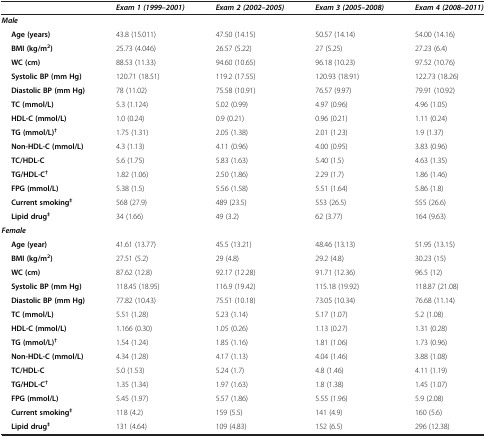
<table><thead><tr><td><b> </b></td><td><b><i>Exam 1 (1999–2001)</i></b></td><td><b><i>Exam 2 (2002–2005)</i></b></td><td><b><i>Exam 3 (2005–2008)</i></b></td><td><b><i>Exam 4 (2008–2011)</i></b></td></tr></thead><tbody><tr><td><b><i>Male</i></b></td><td> </td><td> </td><td> </td><td> </td></tr><tr><td><b>Age (years)</b></td><td>43.8 (15.011)</td><td>47.50 (14.15)</td><td>50.57 (14.14)</td><td>54.00 (14.16)</td></tr><tr><td><b>BMI (kg/m</b><sup><b>2</b></sup><b>)</b></td><td>25.73 (4.046)</td><td>26.57 (5.22)</td><td>27 (5.25)</td><td>27.23 (6.4)</td></tr><tr><td><b>WC (cm)</b></td><td>88.53 (11.33)</td><td>94.60 (10.65)</td><td>96.18 (10.23)</td><td>97.52 (10.76)</td></tr><tr><td><b>Systolic BP (mm Hg)</b></td><td>120.71 (18.51)</td><td>119.2 (17.55)</td><td>120.93 (18.91)</td><td>122.73 (18.26)</td></tr><tr><td><b>Diastolic BP (mm Hg)</b></td><td>78 (11.02)</td><td>75.58 (10.91)</td><td>76.57 (9.97)</td><td>79.91 (10.92)</td></tr><tr><td><b>TC (mmol/L)</b></td><td>5.3 (1.124)</td><td>5.02 (0.99)</td><td>4.97 (0.96)</td><td>4.96 (1.05)</td></tr><tr><td><b>HDL-C (mmol/L)</b></td><td>1.0 (0.24)</td><td>0.9 (0.21)</td><td>0.96 (0.21)</td><td>1.11 (0.24)</td></tr><tr><td><b>TG (mmol/L)</b><sup><b>†</b></sup></td><td>1.75 (1.31)</td><td>2.05 (1.38)</td><td>2.01 (1.23)</td><td>1.9 (1.37)</td></tr><tr><td><b>Non-HDL-C (mmol/L)</b></td><td>4.3 (1.13)</td><td>4.11 (0.96)</td><td>4.00 (0.95)</td><td>3.83 (0.96)</td></tr><tr><td><b>TC/HDL-C</b></td><td>5.6 (1.75)</td><td>5.83 (1.63)</td><td>5.40 (1.5)</td><td>4.63 (1.35)</td></tr><tr><td><b>TG/HDL-C</b><sup><b>†</b></sup></td><td>1.82 (1.06)</td><td>2.50 (1.86)</td><td>2.29 (1.7)</td><td>1.86 (1.46)</td></tr><tr><td><b>FPG (mmol/L)</b></td><td>5.38 (1.5)</td><td>5.56 (1.58)</td><td>5.51 (1.64)</td><td>5.86 (1.8)</td></tr><tr><td><b>Current smoking</b><sup><b>‡</b></sup></td><td>568 (27.9)</td><td>489 (23.5)</td><td>553 (26.5)</td><td>555 (26.6)</td></tr><tr><td><b>Lipid drug</b><sup><b>‡</b></sup></td><td>34 (1.66)</td><td>49 (3.2)</td><td>62 (3.77)</td><td>164 (9.63)</td></tr><tr><td><b><i>Female</i></b></td><td> </td><td> </td><td> </td><td> </td></tr><tr><td><b>Age (year)</b></td><td>41.61 (13.77)</td><td>45.5 (13.21)</td><td>48.46 (13.13)</td><td>51.95 (13.15)</td></tr><tr><td><b>BMI (kg/m</b><sup><b>2</b></sup><b>)</b></td><td>27.51 (5.2)</td><td>29 (4.8)</td><td>29.2 (4.8)</td><td>30.23 (15)</td></tr><tr><td><b>WC (cm)</b></td><td>87.62 (12.8)</td><td>92.17 (12.28)</td><td>91.71 (12.36)</td><td>96.5 (12)</td></tr><tr><td><b>Systolic BP (mm Hg)</b></td><td>118.45 (18.95)</td><td>116.9 (19.42)</td><td>115.18 (19.92)</td><td>118.87 (21.08)</td></tr><tr><td><b>Diastolic BP (mm Hg)</b></td><td>77.82 (10.43)</td><td>75.51 (10.18)</td><td>73.05 (10.34)</td><td>76.68 (11.14)</td></tr><tr><td><b>TC (mmol/L)</b></td><td>5.51 (1.28)</td><td>5.23 (1.14)</td><td>5.17 (1.07)</td><td>5.2 (1.08)</td></tr><tr><td><b>HDL-C (mmol/L)</b></td><td>1.166 (0.30)</td><td>1.05 (0.26)</td><td>1.13 (0.27)</td><td>1.31 (0.28)</td></tr><tr><td><b>TG (mmol/L)</b><sup><b>†</b></sup></td><td>1.54 (1.24)</td><td>1.85 (1.16)</td><td>1.81 (1.06)</td><td>1.73 (0.96)</td></tr><tr><td><b>Non-HDL-C (mmol/L)</b></td><td>4.34 (1.28)</td><td>4.17 (1.13)</td><td>4.04 (1.46)</td><td>3.88 (1.08)</td></tr><tr><td><b>TC/HDL-C</b></td><td>5.0 (1.53)</td><td>5.24 (1.7)</td><td>4.8 (1.46)</td><td>4.11 (1.19)</td></tr><tr><td><b>TG/HDL-C</b><sup><b>†</b></sup></td><td>1.35 (1.34)</td><td>1.97 (1.63)</td><td>1.8 (1.38)</td><td>1.45 (1.07)</td></tr><tr><td><b>FPG (mmol/L)</b></td><td>5.45 (1.97)</td><td>5.57 (1.86)</td><td>5.55 (1.96)</td><td>5.9 (2.08)</td></tr><tr><td><b>Current smoking</b><sup><b>‡</b></sup></td><td>118 (4.2)</td><td>159 (5.5)</td><td>141 (4.9)</td><td>160 (5.6)</td></tr><tr><td><b>Lipid drug</b><sup><b>‡</b></sup></td><td>131 (4.64)</td><td>109 (4.83)</td><td>152 (6.5)</td><td>296 (12.38)</td></tr></tbody></table>